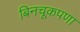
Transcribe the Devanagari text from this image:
बिनचूकपणा